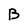
Character: B